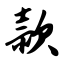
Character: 款